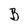
Character: B